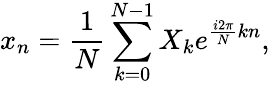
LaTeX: x_{n}=\frac{1}{N}\sum_{k=0}^{N-1}X_{k}e^{\frac{i2\pi}{N}kn},